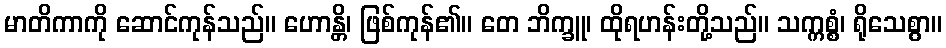
မာတိကာကို ဆောင်ကုန်သည်။ ဟောန္တိ၊ ဖြစ်ကုန်၏။ တေ ဘိက္ခူ၊ ထိုရဟန်းတို့သည်။ သက္ကစ္စံ၊ ရိုသေစွာ။